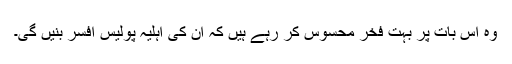
وہ اس بات پر بہت فخر محسوس کر رہے ہیں کہ ان کی اہلیہ پولیس افسر بنیں گی۔